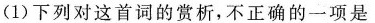
(1)下列对这首词的赏析，不正确的一项是